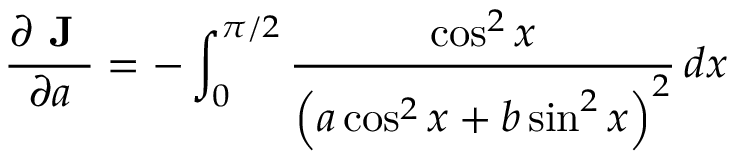
{ \frac { \partial { \textbf { J } } } { \partial a } } = - \int _ { 0 } ^ { \pi / 2 } { \frac { \cos ^ { 2 } x } { \left( a \cos ^ { 2 } x + b \sin ^ { 2 } x \right) ^ { 2 } } } \, d x